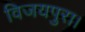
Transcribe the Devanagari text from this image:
विजयपुरा।